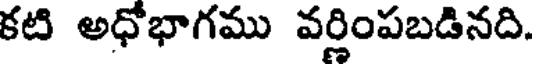
కటి అధోభాగము వర్తింపబడినది.